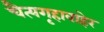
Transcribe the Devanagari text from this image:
चैत्यगृहाबाहेर